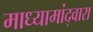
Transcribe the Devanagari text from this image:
माध्यामांद्वारा